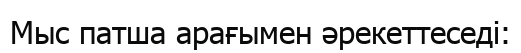
Мыс патша арағымен әрекеттеседі: